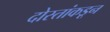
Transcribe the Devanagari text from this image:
दोस्तांकडून